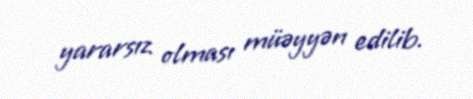
yararsız olması müəyyən edilib.